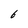
Character: 6